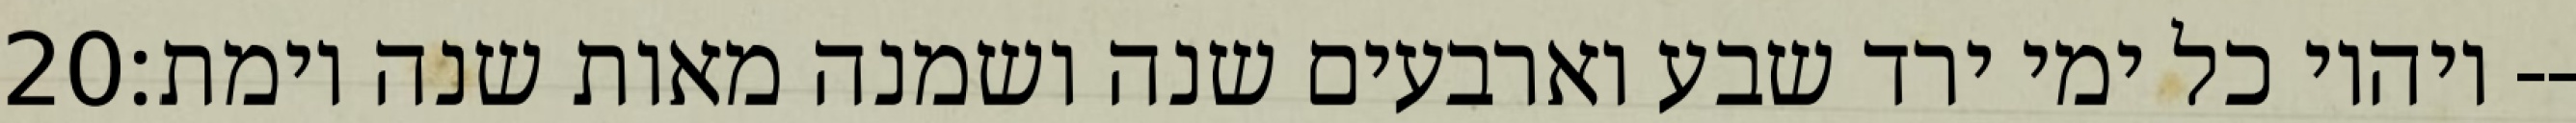
‎20‏ ויהיו כל ימי ירד שבע וארבעים שנה ושמנה מאות שנה וימת׃--